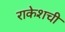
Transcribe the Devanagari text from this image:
राकेशची